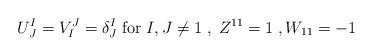
\begin{align*}U^{I}_{ J} = V^{J}_I = {\delta}^I_J \; {\rm for}\; I,J \neq 1\;,\; Z^{11}=1\;, W_{11} =-1\end{align*}